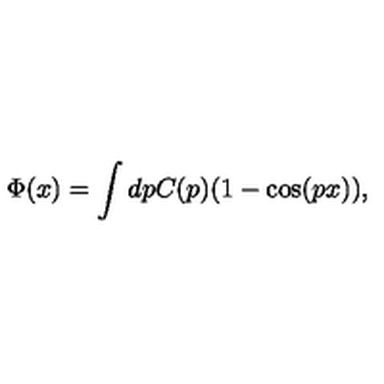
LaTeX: \Phi ( x ) = \int d p C ( p ) ( 1 - \cos ( p x ) ) ,